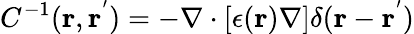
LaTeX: C^{-1}(\mathbf{r},\mathbf{r^{'}})=-\nabla\cdot[\epsilon(\mathbf{r})\nabla]\delta(\mathbf{r}-\mathbf{r^{'}})